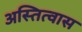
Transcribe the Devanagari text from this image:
अस्तित्वास